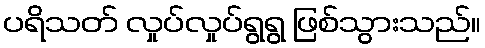
ပရိသတ် လှုပ်လှုပ်ရွရွ ဖြစ်သွားသည်။